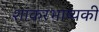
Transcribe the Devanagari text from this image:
शांकरभाष्यकी